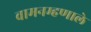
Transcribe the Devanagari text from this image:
वामनम्हणाले